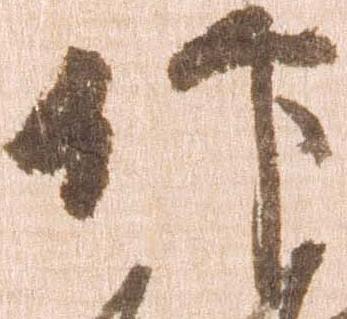
仰